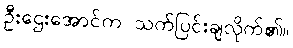
ဦးဌေးအောင်က သက်ပြင်းချလိုက်၏။